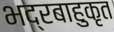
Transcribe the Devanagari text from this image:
भद्रबाहुकृत